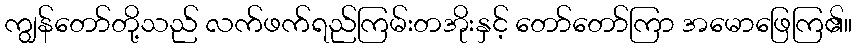
ကျွန်တော်တို့သည် လက်ဖက်ရည်ကြမ်းတအိုးနှင့် တော်တော်ကြာ အမောဖြေကြ၏။